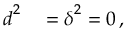
\begin{array} { r l } { \boldsymbol { d } ^ { 2 } } & { { } = \boldsymbol { \delta } ^ { 2 } = 0 \, , } \end{array}